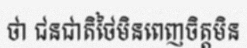
ថា ជនជាតិថៃមិនពេញចិត្តមិន